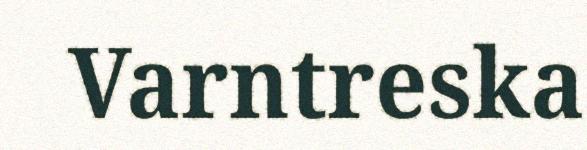
Varntreska